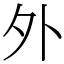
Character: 外